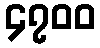
၄၇၀၀